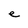
Character: e